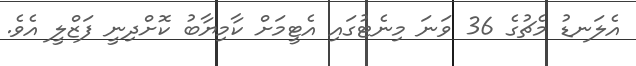
އެލަނޑު މެޗުގެ 36 ވަނަ މިނެޓުގައި އެޓީމަށް ކާމިޔާބު ކޮށްދިނީ ފަޒްލީ އެވެ.